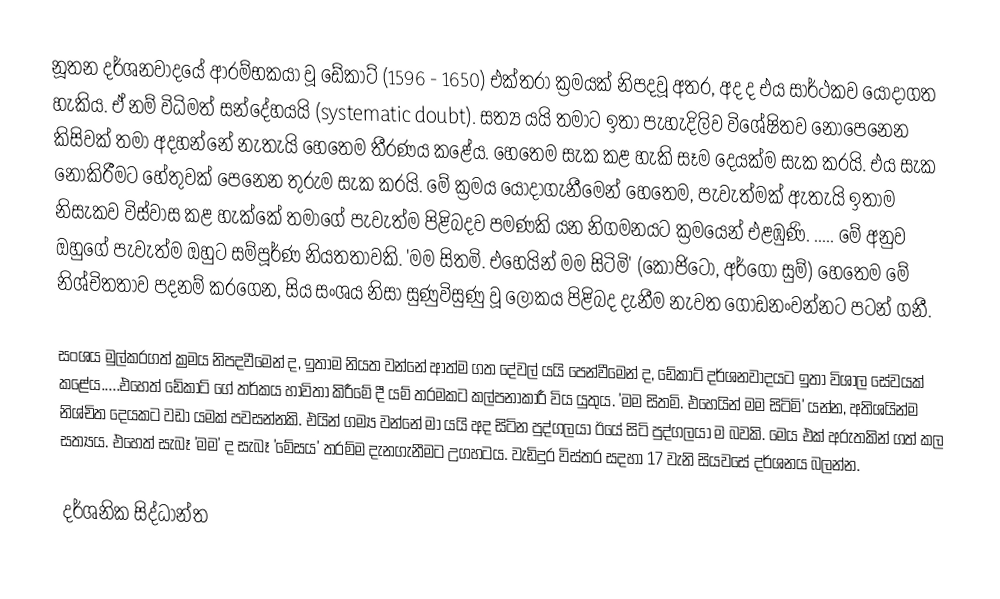
නූතන දර්ශනවාදයේ ආරම්භකයා වූ ඩේකාට් (1596 - 1650) එක්තරා ක්‍රමයක් නිපදවූ අතර, අද ද එය සාර්ථකව යොදාගත හැකිය. ඒ නම් විධිමත් සන්දේහයයි (systematic doubt). සත්‍ය යයි තමාට ඉතා පැහැදිලිව විශේෂිතව නොපෙනෙන කිසිවක් තමා අදහන්නේ නැතැයි හෙතෙම තීරණය කළේය. හෙතෙම සැක කළ හැකි සෑම දෙයක්ම සැක කරයි. එය සැක නොකිරීමට හේතුවක් පෙනෙන තුරුම සැක කරයි. මේ ක්‍රමය යොදාගැනීමෙන් හෙතෙම, පැවැත්මක් ඇතැයි ඉතාම නිසැකව විස්වාස කළ හැක්කේ තමාගේ පැවැත්ම පිළිබදව පමණකි යන නිගමනයට ක්‍රමයෙන් එළඹුණි. .....  මේ අනුව ඔහුගේ පැවැත්ම ඔහුට සම්පූර්ණ නියතතාවකි. 'මම සිතමි. එහෙයින් මම සිටිමි' (කොජිටෝ, අර්ගෝ සුම්) හෙතෙම මේ නිශ්චිතතාව පදනම් කරගෙන, සිය සංශය නිසා සුණුවිසුණු වූ ලෝකය පිළිබද දැනීම නැවත ගොඩනංවන්නට පටන් ගනී.

සංශය මුල්කරගත් ක්‍රමය නිපදවීමෙන් ද, ඉතාම නියත වන්නේ ආත්ම ගත දේවල් යයි පෙන්වීමෙන් ද,  ඩේකාට් දර්ශනවාදයට ඉතා විශාල සේවයක් කළේය.....එහෙත් ඩේකාට් ගේ තර්කය හාවිතා කිරීමේ දී යම් තරමකට කල්පනාකාරී විය යුතුය. 'මම සිතමි. එහෙයින් මම සිටිමි' යන්න, අතිශයින්ම නිශ්චිත දෙයකට වඩා යමක් පවසන්නකි. එයින් ගම්‍ය වන්නේ මා යයි අද සිටින පුද්ගලයා ඊයේ සිටි පුද්ගලයා ම බවකි. මෙය එක් අරුතකින් ගත් කල සත්‍යය. එහෙත් සැබෑ 'මම' ද සැබෑ 'මේසය' තරම්ම දැනගැනීමට උගහටය.  වැඩිදුර විස්තර සදහා 17 වැනි සියවසේ දර්ශනය බලන්න.

දර්ශනික සිද්ධාන්ත